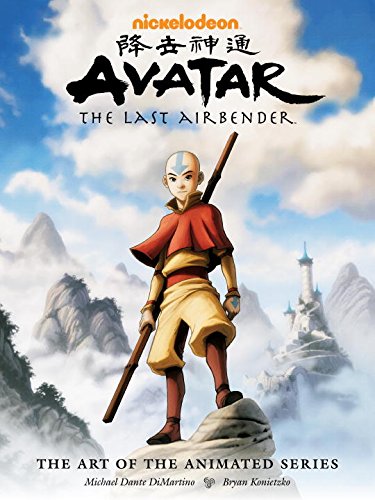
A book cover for Avatar: The Last Airbender (The Art of the Animated Series); Bryan Konietzko; Comics & Graphic Novels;